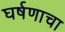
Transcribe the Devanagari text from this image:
घर्षणाचा